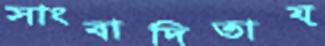
সাংবাদিতায়